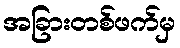
အခြားတစ်ဖက်မှ